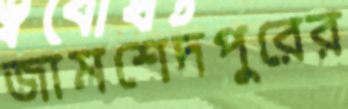
জামশেদপুরের